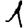
Digit: 1